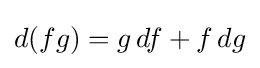
d(fg)=g\,df+f\,dg